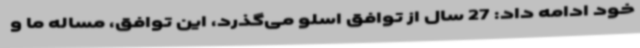
خود ادامه داد: 27 سال از توافق اسلو می‌گذرد، این توافق، مساله ما و